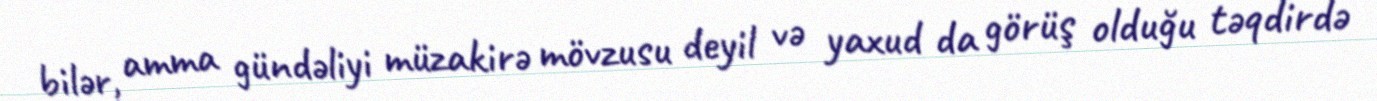
bilər, amma gündəliyi müzakirə mövzusu deyil və yaxud da görüş olduğu təqdirdə